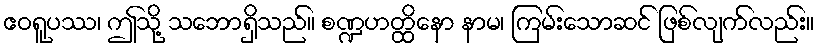
ဧဝရူပဿ၊ ဤသို့ သဘောရှိသည်။ စဏ္ဍဟတ္ထိနော နာမ၊ ကြမ်းသောဆင် ဖြစ်လျက်လည်း။